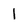
Character: 1